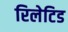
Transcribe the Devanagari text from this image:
रिलेटिड